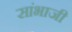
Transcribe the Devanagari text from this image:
सांभाजी